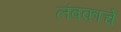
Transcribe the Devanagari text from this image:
लंबकाचे